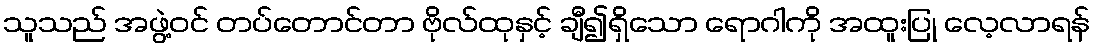
သူသည် အဖွဲ့ဝင် တပ်တောင်တာ ဗိုလ်ထုနှင့် ချီ၍ရှိသော ရောဂါကို အထူးပြု လေ့လာရန်